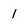
Character: 1